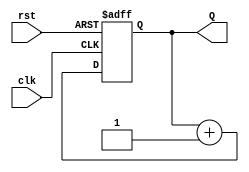
module binary_up_counter #(
    parameter WIDTH = 3  // Define the width of the counter (3 bits by default)
)(
    input wire clk,      // Clock input
    input wire rst,      // Asynchronous reset input
    output reg [WIDTH-1:0] Q  // Counter output
);

// Always block triggered on the rising edge of the clock
always @(posedge clk or posedge rst) begin
    if (rst) begin
        Q <= 0;  // Reset the counter to 0
    end else begin
        Q <= Q + 1;  // Increment the counter
    end
end

endmodule